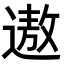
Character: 遨